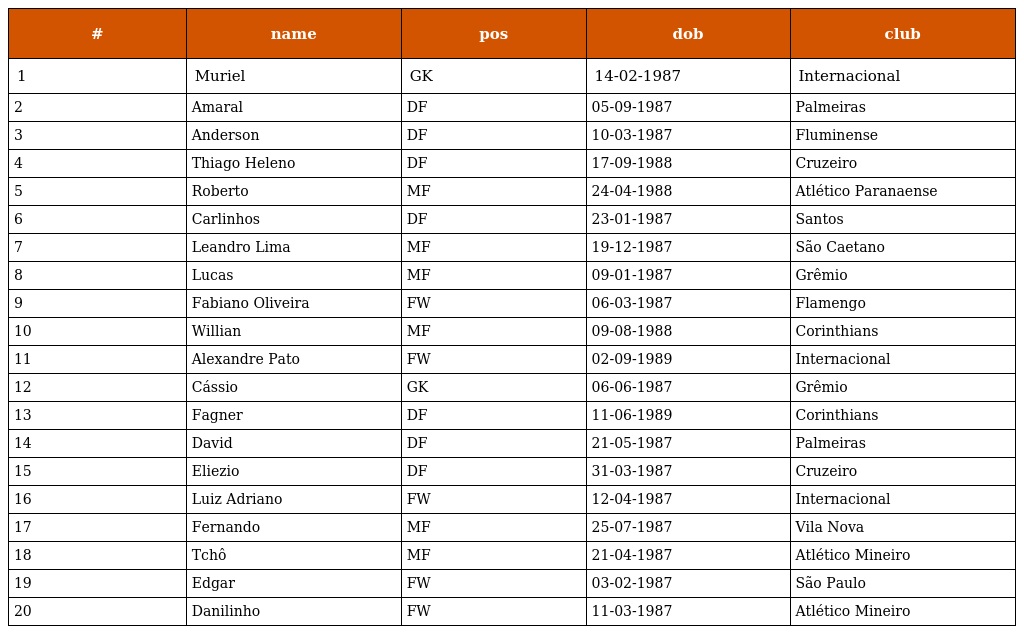
| # | name | pos | dob | club |
 | --- | --- | --- | --- | --- |
 | 1 | Muriel | GK | 14-02-1987 | Internacional |
 | 2 | Amaral | DF | 05-09-1987 | Palmeiras |
 | 3 | Anderson | DF | 10-03-1987 | Fluminense |
 | 4 | Thiago Heleno | DF | 17-09-1988 | Cruzeiro |
 | 5 | Roberto | MF | 24-04-1988 | Atlético Paranaense |
 | 6 | Carlinhos | DF | 23-01-1987 | Santos |
 | 7 | Leandro Lima | MF | 19-12-1987 | São Caetano |
 | 8 | Lucas | MF | 09-01-1987 | Grêmio |
 | 9 | Fabiano Oliveira | FW | 06-03-1987 | Flamengo |
 | 10 | Willian | MF | 09-08-1988 | Corinthians |
 | 11 | Alexandre Pato | FW | 02-09-1989 | Internacional |
 | 12 | Cássio | GK | 06-06-1987 | Grêmio |
 | 13 | Fagner | DF | 11-06-1989 | Corinthians |
 | 14 | David | DF | 21-05-1987 | Palmeiras |
 | 15 | Eliezio | DF | 31-03-1987 | Cruzeiro |
 | 16 | Luiz Adriano | FW | 12-04-1987 | Internacional |
 | 17 | Fernando | MF | 25-07-1987 | Vila Nova |
 | 18 | Tchô | MF | 21-04-1987 | Atlético Mineiro |
 | 19 | Edgar | FW | 03-02-1987 | São Paulo |
 | 20 | Danilinho | FW | 11-03-1987 | Atlético Mineiro |